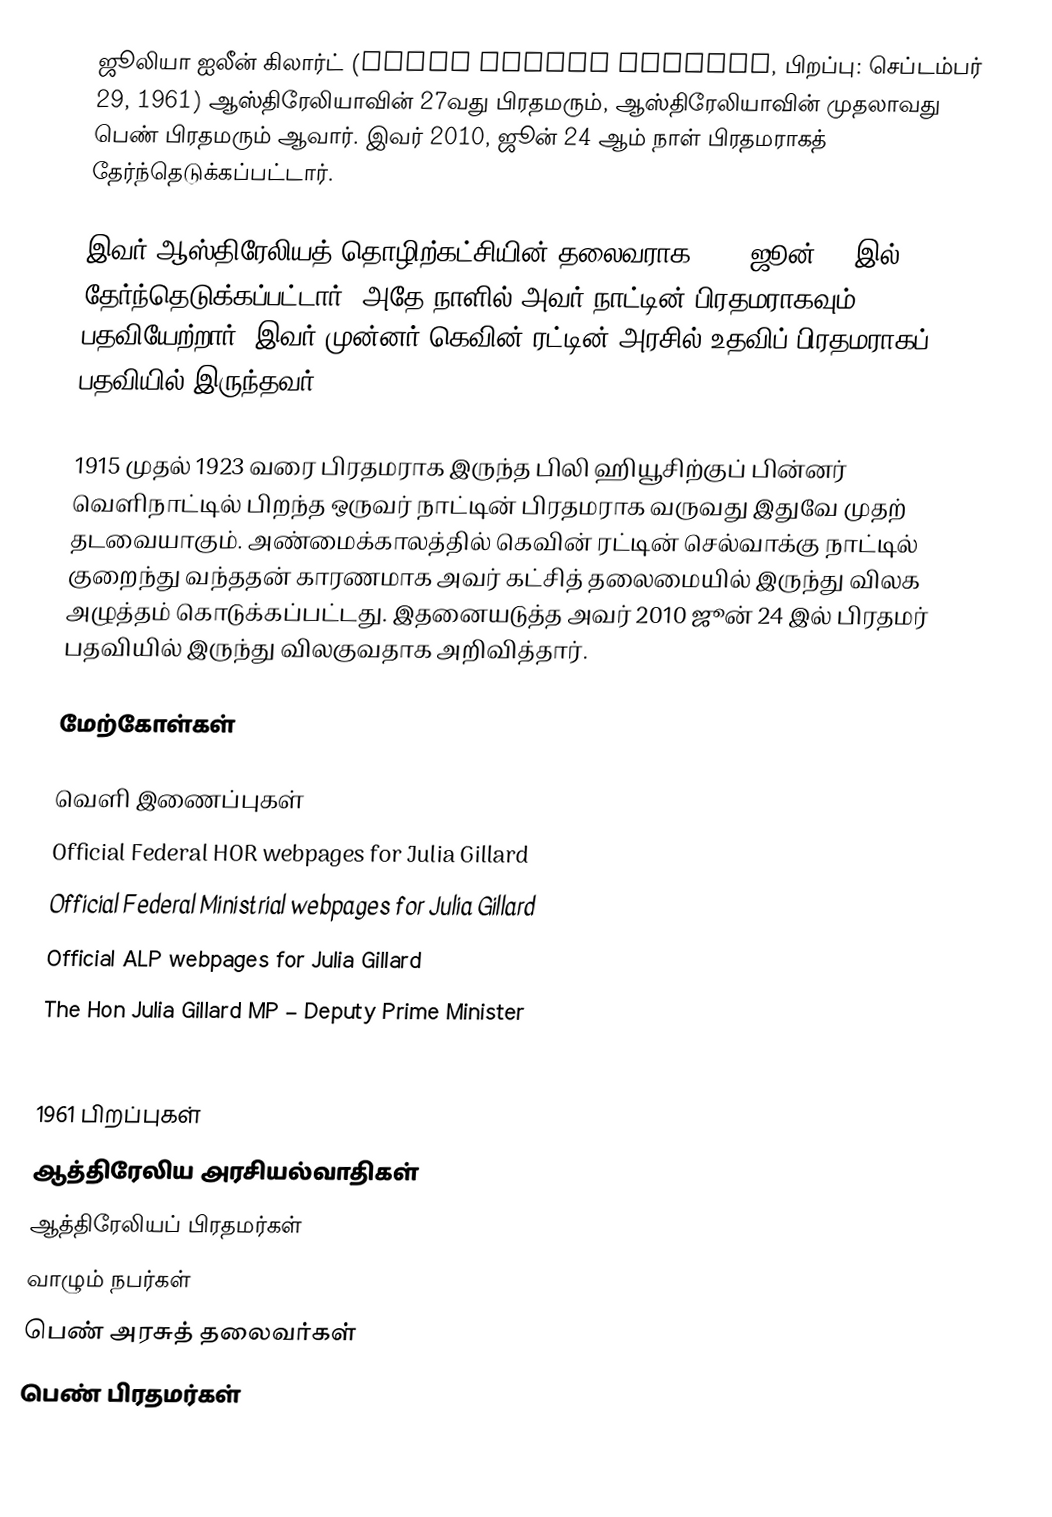
ஜூலியா ஐலீன் கிலார்ட் (Julia Eileen Gillard, பிறப்பு: செப்டம்பர் 29, 1961) ஆஸ்திரேலியாவின் 27வது பிரதமரும், ஆஸ்திரேலியாவின் முதலாவது பெண் பிரதமரும் ஆவார். இவர் 2010, ஜூன் 24 ஆம் நாள் பிரதமராகத் தேர்ந்தெடுக்கப்பட்டார்.

இவர் ஆஸ்திரேலியத் தொழிற்கட்சியின் தலைவராக 2010 ஜூன் 24 இல் தேர்ந்தெடுக்கப்பட்டார். அதே நாளில் அவர் நாட்டின் பிரதமராகவும் பதவியேற்றார். இவர் முன்னர் கெவின் ரட்டின் அரசில் உதவிப் பிரதமராகப் பதவியில் இருந்தவர்.

1915 முதல் 1923 வரை பிரதமராக இருந்த பிலி ஹியூசிற்குப் பின்னர் வெளிநாட்டில் பிறந்த ஒருவர் நாட்டின் பிரதமராக வருவது இதுவே முதற் தடவையாகும். அண்மைக்காலத்தில் கெவின் ரட்டின் செல்வாக்கு நாட்டில் குறைந்து வந்ததன் காரணமாக அவர் கட்சித் தலைமையில் இருந்து விலக அழுத்தம் கொடுக்கப்பட்டது. இதனையடுத்த அவர் 2010 ஜூன் 24 இல் பிரதமர் பதவியில் இருந்து விலகுவதாக அறிவித்தார்.

மேற்கோள்கள்

வெளி இணைப்புகள்
 Official Federal HOR webpages for Julia Gillard
 Official Federal Ministrial webpages for Julia Gillard
 Official ALP webpages for Julia Gillard
 The Hon Julia Gillard MP – Deputy Prime Minister
 Official Facebook page of Julia Gillard

1961 பிறப்புகள்
ஆத்திரேலிய அரசியல்வாதிகள்
ஆத்திரேலியப் பிரதமர்கள்
வாழும் நபர்கள்
பெண் அரசுத் தலைவர்கள்
பெண் பிரதமர்கள்